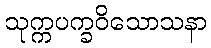
သုက္ကပက္ခဝိသောသနာ